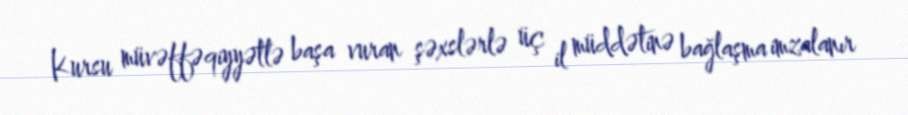
Kursu müvəffəqiyyətlə başa vuran şəxslərlə üç il müddətinə bağlaşma imzalanır